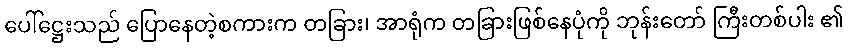
ပေါ်ဋ္ဌေးသည် ပြောနေတဲ့စကားက တခြား၊ အာရုံက တခြားဖြစ်နေပုံကို ဘုန်းတော် ကြီးတစ်ပါး ၏